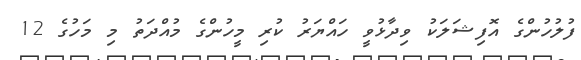
ފުލުހުންގެ އޮފިޝަލަކު ވިދާޅުވީ ހައްޔަރު ކުރި މީހުންގެ މުއްދަތު މި މަހުގެ 12